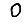
Digit: 0